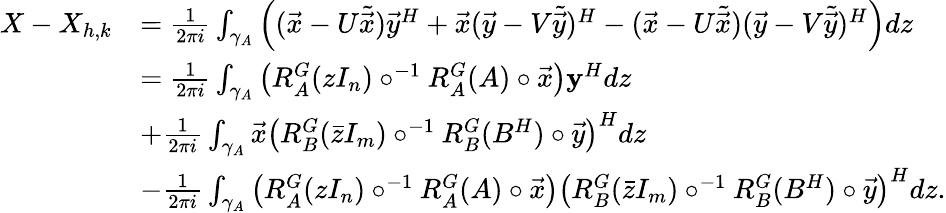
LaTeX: \begin{array}{rl}{X-X_{h,k}}&{=\frac{1}{2\pi i}\int_{\gamma_{A}}\left((\vec{x}-U\tilde{\vec{x}})\vec{y}^{H}+\vec{x}(\vec{y}-V\tilde{\vec{y}})^{H}-(\vec{x}-U\tilde{\vec{x}})(\vec{y}-V\tilde{\vec{y}})^{H}\right)dz}\\ &{=\frac{1}{2\pi i}\int_{\gamma_{A}}\left(R_{A}^{G}(zI_{n})\circ^{-1}R_{A}^{G}(A)\circ\vec{x}\right)\mathbf{y}^{H}dz}\\ &{+\frac{1}{2\pi i}\int_{\gamma_{A}}\vec{x}\left(R_{B}^{G}(\bar{z}I_{m})\circ^{-1}R_{B}^{G}(B^{H})\circ\vec{y}\right)^{H}dz}\\ &{-\frac{1}{2\pi i}\int_{\gamma_{A}}\left(R_{A}^{G}(zI_{n})\circ^{-1}R_{A}^{G}(A)\circ\vec{x}\right)\left(R_{B}^{G}(\bar{z}I_{m})\circ^{-1}R_{B}^{G}(B^{H})\circ\vec{y}\right)^{H}dz.}\end{array}